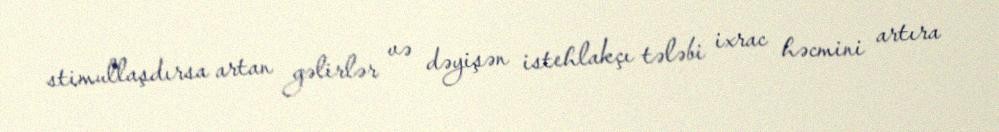
stimullaşdırsa artan gəlirlər və dəyişən istehlakçı tələbi ixrac həcmini artıra